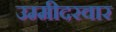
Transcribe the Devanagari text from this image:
उम्मीदरवार